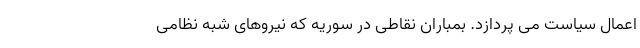
اعمال سیاست می پردازد. بمباران نقاطی در سوریه که نیروهای شبه نظامی